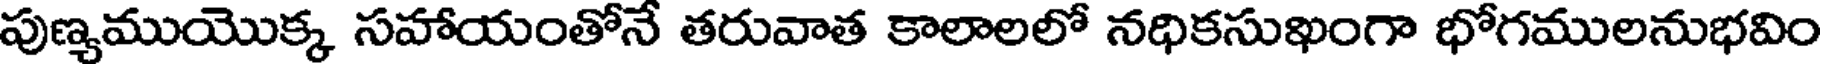
పుణ్యముయొక్క సహాయంతోనే తరువాత కాలాలలో నధికసుఖంగా భోగములనుభవిం